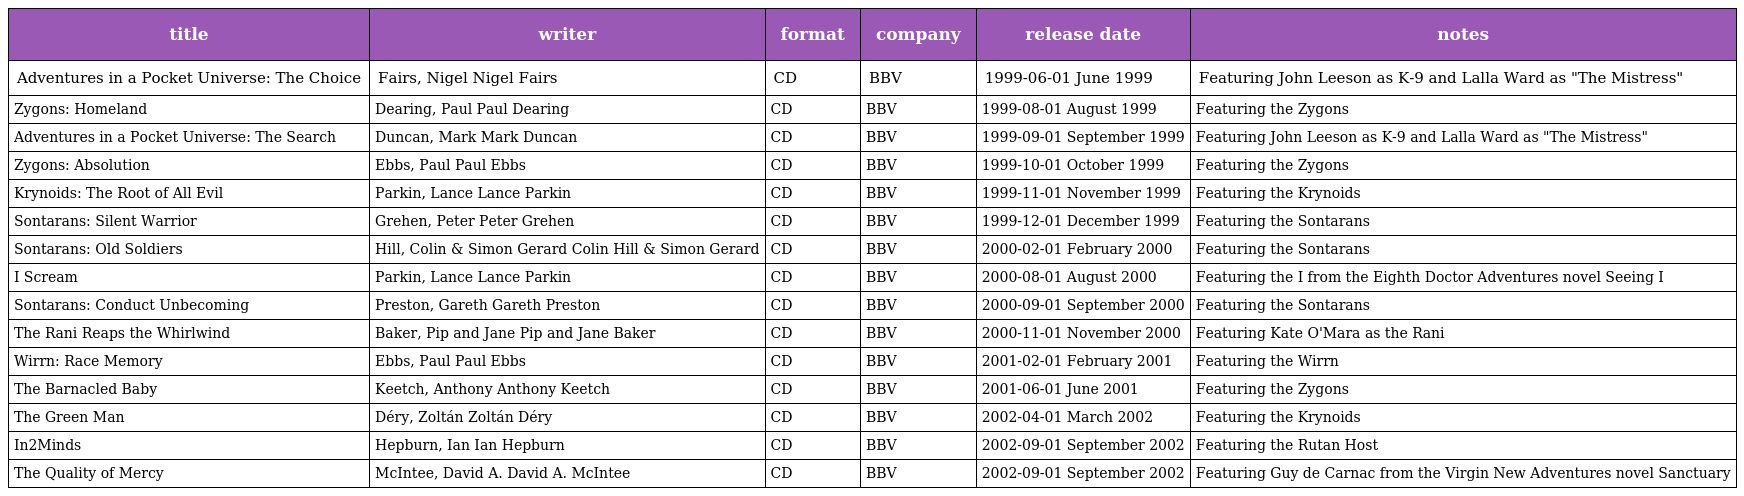
| title | writer | format | company | release date | notes |
 | --- | --- | --- | --- | --- | --- |
 | Adventures in a Pocket Universe: The Choice | Fairs, Nigel Nigel Fairs | CD | BBV | 1999-06-01 June 1999 | Featuring John Leeson as K-9 and Lalla Ward as "The Mistress" |
 | Zygons: Homeland | Dearing, Paul Paul Dearing | CD | BBV | 1999-08-01 August 1999 | Featuring the Zygons |
 | Adventures in a Pocket Universe: The Search | Duncan, Mark Mark Duncan | CD | BBV | 1999-09-01 September 1999 | Featuring John Leeson as K-9 and Lalla Ward as "The Mistress" |
 | Zygons: Absolution | Ebbs, Paul Paul Ebbs | CD | BBV | 1999-10-01 October 1999 | Featuring the Zygons |
 | Krynoids: The Root of All Evil | Parkin, Lance Lance Parkin | CD | BBV | 1999-11-01 November 1999 | Featuring the Krynoids |
 | Sontarans: Silent Warrior | Grehen, Peter Peter Grehen | CD | BBV | 1999-12-01 December 1999 | Featuring the Sontarans |
 | Sontarans: Old Soldiers | Hill, Colin & Simon Gerard Colin Hill & Simon Gerard | CD | BBV | 2000-02-01 February 2000 | Featuring the Sontarans |
 | I Scream | Parkin, Lance Lance Parkin | CD | BBV | 2000-08-01 August 2000 | Featuring the I from the Eighth Doctor Adventures novel Seeing I |
 | Sontarans: Conduct Unbecoming | Preston, Gareth Gareth Preston | CD | BBV | 2000-09-01 September 2000 | Featuring the Sontarans |
 | The Rani Reaps the Whirlwind | Baker, Pip and Jane Pip and Jane Baker | CD | BBV | 2000-11-01 November 2000 | Featuring Kate O'Mara as the Rani |
 | Wirrn: Race Memory | Ebbs, Paul Paul Ebbs | CD | BBV | 2001-02-01 February 2001 | Featuring the Wirrn |
 | The Barnacled Baby | Keetch, Anthony Anthony Keetch | CD | BBV | 2001-06-01 June 2001 | Featuring the Zygons |
 | The Green Man | Déry, Zoltán Zoltán Déry | CD | BBV | 2002-04-01 March 2002 | Featuring the Krynoids |
 | In2Minds | Hepburn, Ian Ian Hepburn | CD | BBV | 2002-09-01 September 2002 | Featuring the Rutan Host |
 | The Quality of Mercy | McIntee, David A. David A. McIntee | CD | BBV | 2002-09-01 September 2002 | Featuring Guy de Carnac from the Virgin New Adventures novel Sanctuary |